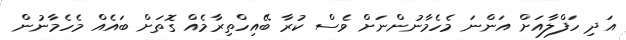
އަދި ހަފްލާއަށް އަންނަ މެހެމާނުންނަށް ވެސް ކުރާ ބޭއިހްތިރާމެއް ގޮތަށް ބައެއް މެހެމާނުން